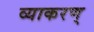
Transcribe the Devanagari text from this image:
व्याकरण्